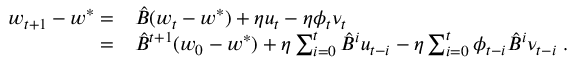
\begin{array} { r l } { w _ { t + 1 } - w ^ { * } = } & { \hat { B } ( w _ { t } - w ^ { * } ) + \eta u _ { t } - \eta \phi _ { t } \nu _ { t } \; } \\ { = } & { \hat { B } ^ { t + 1 } ( w _ { 0 } - w ^ { * } ) + \eta \sum _ { i = 0 } ^ { t } \hat { B } ^ { i } u _ { t - i } - \eta \sum _ { i = 0 } ^ { t } \phi _ { t - i } \hat { B } ^ { i } \nu _ { t - i } \; . } \end{array}